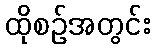
ထိုစဉ်အတွင်း